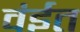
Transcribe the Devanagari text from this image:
वंईत